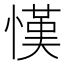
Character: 𢠦